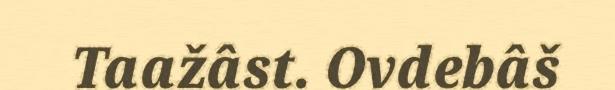
Taažâst. Ovdebâš